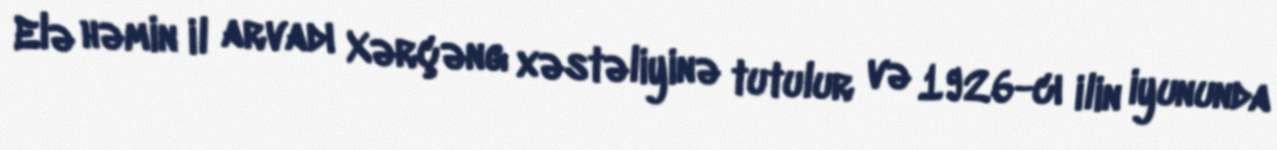
Elə həmin il arvadı Xərçəng xəstəliyinə tutulur və 1926-cı ilin iyununda